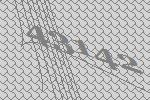
43142